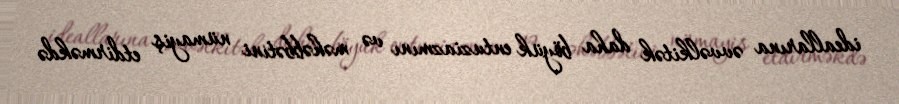
ideallarına əvvəlkitək daha böyük entuziazmını və məhəbbətini nümayiş etdirməkdə